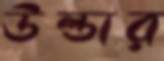
উল্ডার